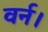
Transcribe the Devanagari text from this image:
वर्न।